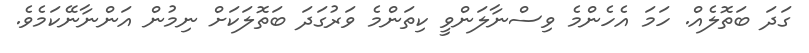
ގަދަ ބަތޮލެއް. ހަމަ އެހެންމެ ވިސްނާލަންވީ ކިތަންމެ ވަރުގަދަ ބަތޮލަކަށް ނިމުން އަންނާނޭކަމެވެ.